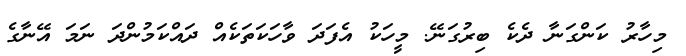
މިހާރު ކަންގަނާ ދެކެ ބިރުގަނޭ. މީހަކު އެފަދަ ވާހަކަތަކެއް ދައްކަމުންދަ ނަމަ އޭނާގެ